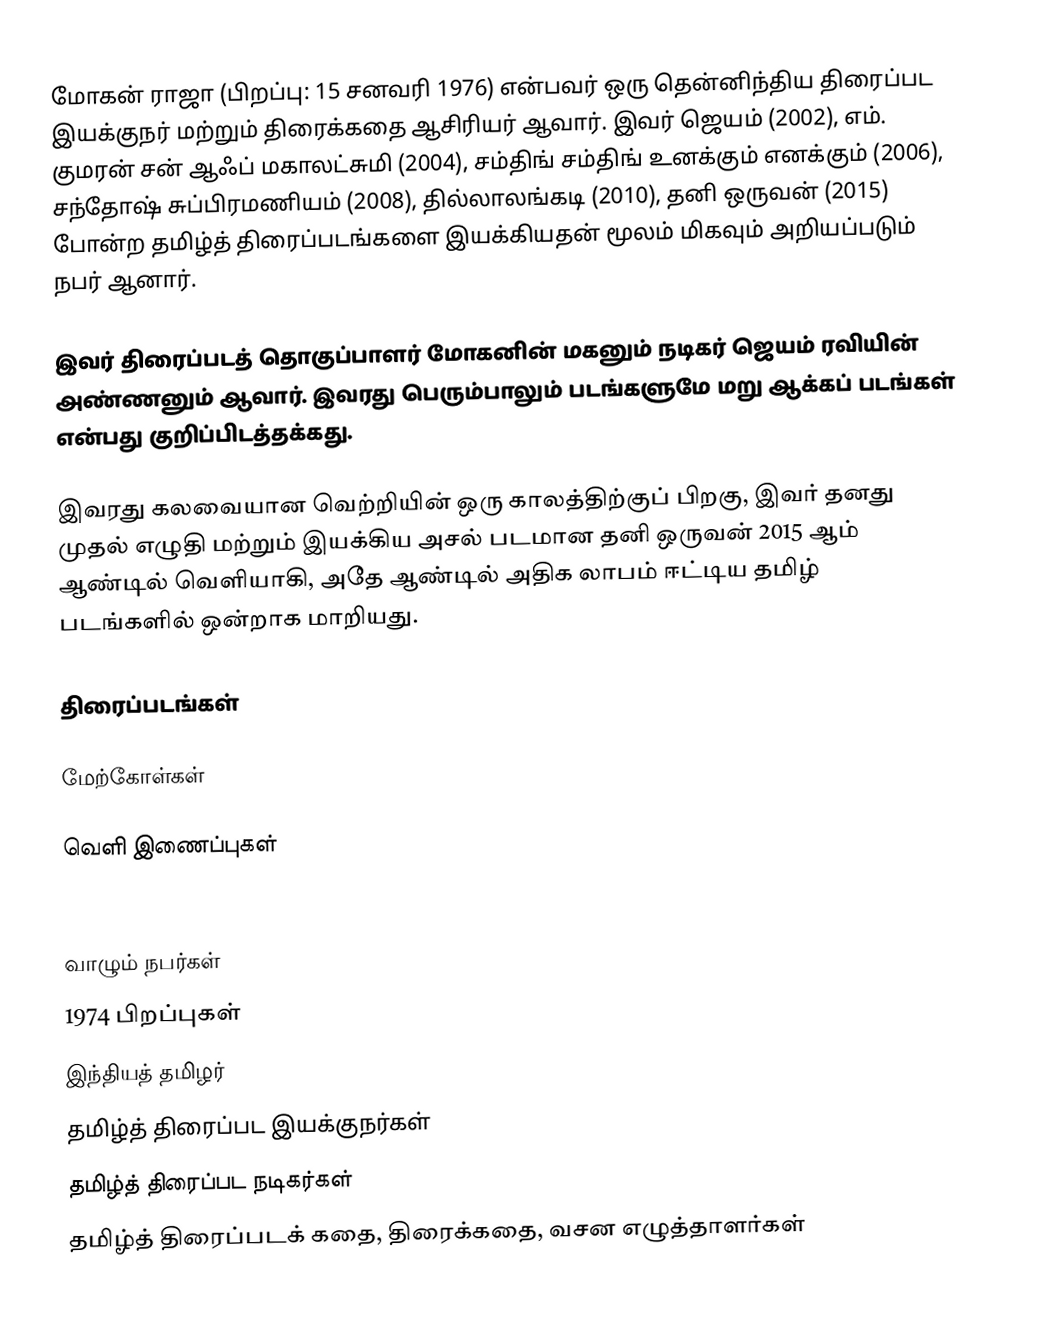
மோகன் ராஜா (பிறப்பு: 15 சனவரி 1976) என்பவர் ஒரு தென்னிந்திய திரைப்பட இயக்குநர் மற்றும் திரைக்கதை ஆசிரியர் ஆவார். இவர் ஜெயம் (2002), எம். குமரன் சன் ஆஃப் மகாலட்சுமி (2004), சம்திங் சம்திங் உனக்கும் எனக்கும் (2006), சந்தோஷ் சுப்பிரமணியம் (2008), தில்லாலங்கடி (2010), தனி ஒருவன் (2015) போன்ற தமிழ்த் திரைப்படங்களை இயக்கியதன் மூலம் மிகவும் அறியப்படும் நபர் ஆனார்.

இவர் திரைப்படத் தொகுப்பாளர் மோகனின் மகனும் நடிகர் ஜெயம் ரவியின் அண்ணனும் ஆவார். இவரது பெரும்பாலும் படங்களுமே மறு ஆக்கப் படங்கள் என்பது குறிப்பிடத்தக்கது.

இவரது கலவையான வெற்றியின் ஒரு காலத்திற்குப் பிறகு, இவர் தனது முதல் எழுதி மற்றும் இயக்கிய அசல் படமான தனி ஒருவன் 2015 ஆம் ஆண்டில் வெளியாகி, அதே ஆண்டில் அதிக லாபம் ஈட்டிய தமிழ் படங்களில் ஒன்றாக மாறியது.

திரைப்படங்கள்

மேற்கோள்கள்

வெளி இணைப்புகள்

வாழும் நபர்கள்
1974 பிறப்புகள்
இந்தியத் தமிழர்
தமிழ்த் திரைப்பட இயக்குநர்கள்
தமிழ்த் திரைப்பட நடிகர்கள்
தமிழ்த் திரைப்படக் கதை, திரைக்கதை, வசன எழுத்தாளர்கள்